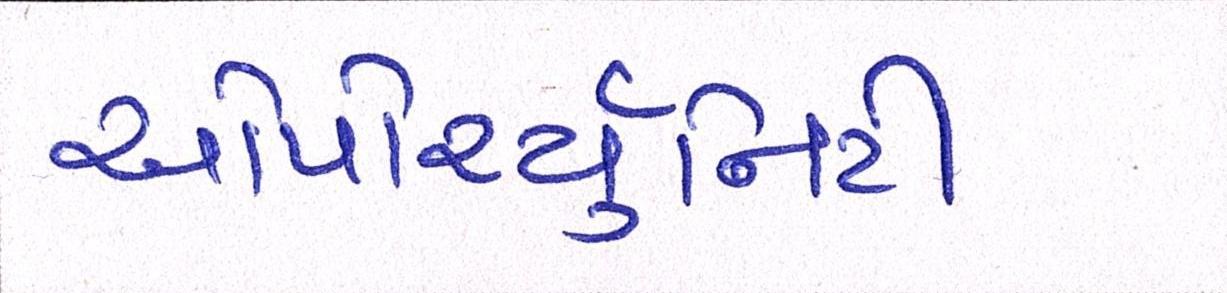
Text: ઓપોર્ચ્યુનિટી